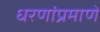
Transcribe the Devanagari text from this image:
धरणांप्रमाणे